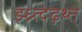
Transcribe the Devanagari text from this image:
झ्ध्र्त्दढ़थ्त्